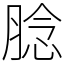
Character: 腍